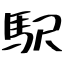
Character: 駅